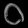
Digit: ၀